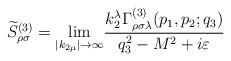
LaTeX: \begin{align*}\widetilde{S}_{\rho \sigma }^{(3)}={\lim_{\left| k_{2\mu }\right|\rightarrow \infty }}\frac{k_2^\lambda \Gamma _{\rho \sigma \lambda}^{(3)}(p_1,p_2;q_3)}{q_3^2-M^2+i\varepsilon }\end{align*}